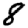
Digit: 8